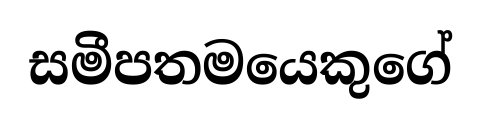
සමීපතමයෙකුගේ